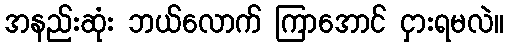
အနည်းဆုံး ဘယ်လောက် ကြာအောင် ငှားရမလဲ။